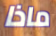
ماذا